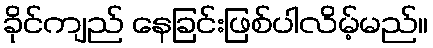
ခိုင်ကျည် နေခြင်းဖြစ်ပါလိမ့်မည်။